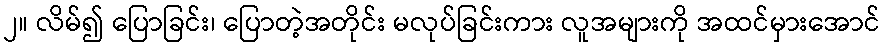
၂။ လိမ်၍ ပြောခြင်း၊ ပြောတဲ့အတိုင်း မလုပ်ခြင်းကား လူအများကို အထင်မှားအောင်